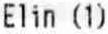
ELIN (1)